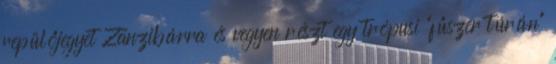
repülőjegyet Zanzibárra és vegyen részt egy trópusi "fűszer túrán"